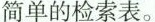
简单的检索表。